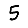
Digit: 5